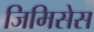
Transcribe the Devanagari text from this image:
जिमिसेस